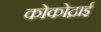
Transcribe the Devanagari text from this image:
कोकोद्राई